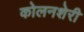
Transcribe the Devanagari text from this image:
कोलनशेरी